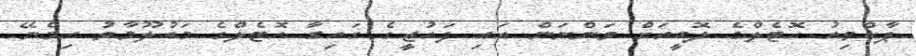
ޕާކްވިއު ހޮޓެލްގެ ލޮބީއަށް ވަންނަން އައި ފައުޒީގެ ގައިގާ ހޮޓެލްގެ މައުލޫމާތު ހިމެނޭ